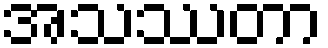
အသဿတာ